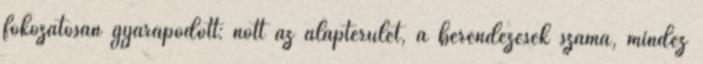
fokozatosan gyarapodott: nôtt az alapterület, a berendezések száma, mindez